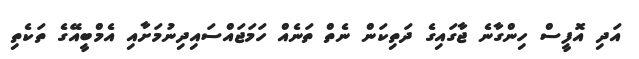
އަދި އޮފީސް ހިންގާނެ ޖާގައިގެ ދަތިކަން ނެތް ތަނެއް ހަމަޖައްސައިދިނުމަށާއި އެމްބީއޭގެ ތަކެތި